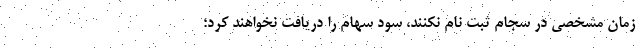
زمان مشخصی در سجام ثبت نام نکنند، سود سهام را دریافت نخواهند کرد؛